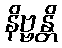
နိဗ္ဗန္တိ